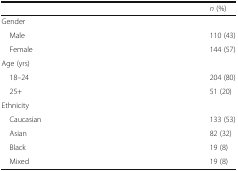
<table><thead><tr><td></td><td><b><i>n</i> (%)</b></td></tr></thead><tbody><tr><td colspan="2">Gender</td></tr><tr><td> Male</td><td>110 (43)</td></tr><tr><td> Female</td><td>144 (57)</td></tr><tr><td colspan="2">Age (yrs)</td></tr><tr><td> 18–24</td><td>204 (80)</td></tr><tr><td> 25+</td><td>51 (20)</td></tr><tr><td colspan="2">Ethnicity</td></tr><tr><td> Caucasian</td><td>133 (53)</td></tr><tr><td> Asian</td><td>82 (32)</td></tr><tr><td> Black</td><td>19 (8)</td></tr><tr><td> Mixed</td><td>19 (8)</td></tr></tbody></table>